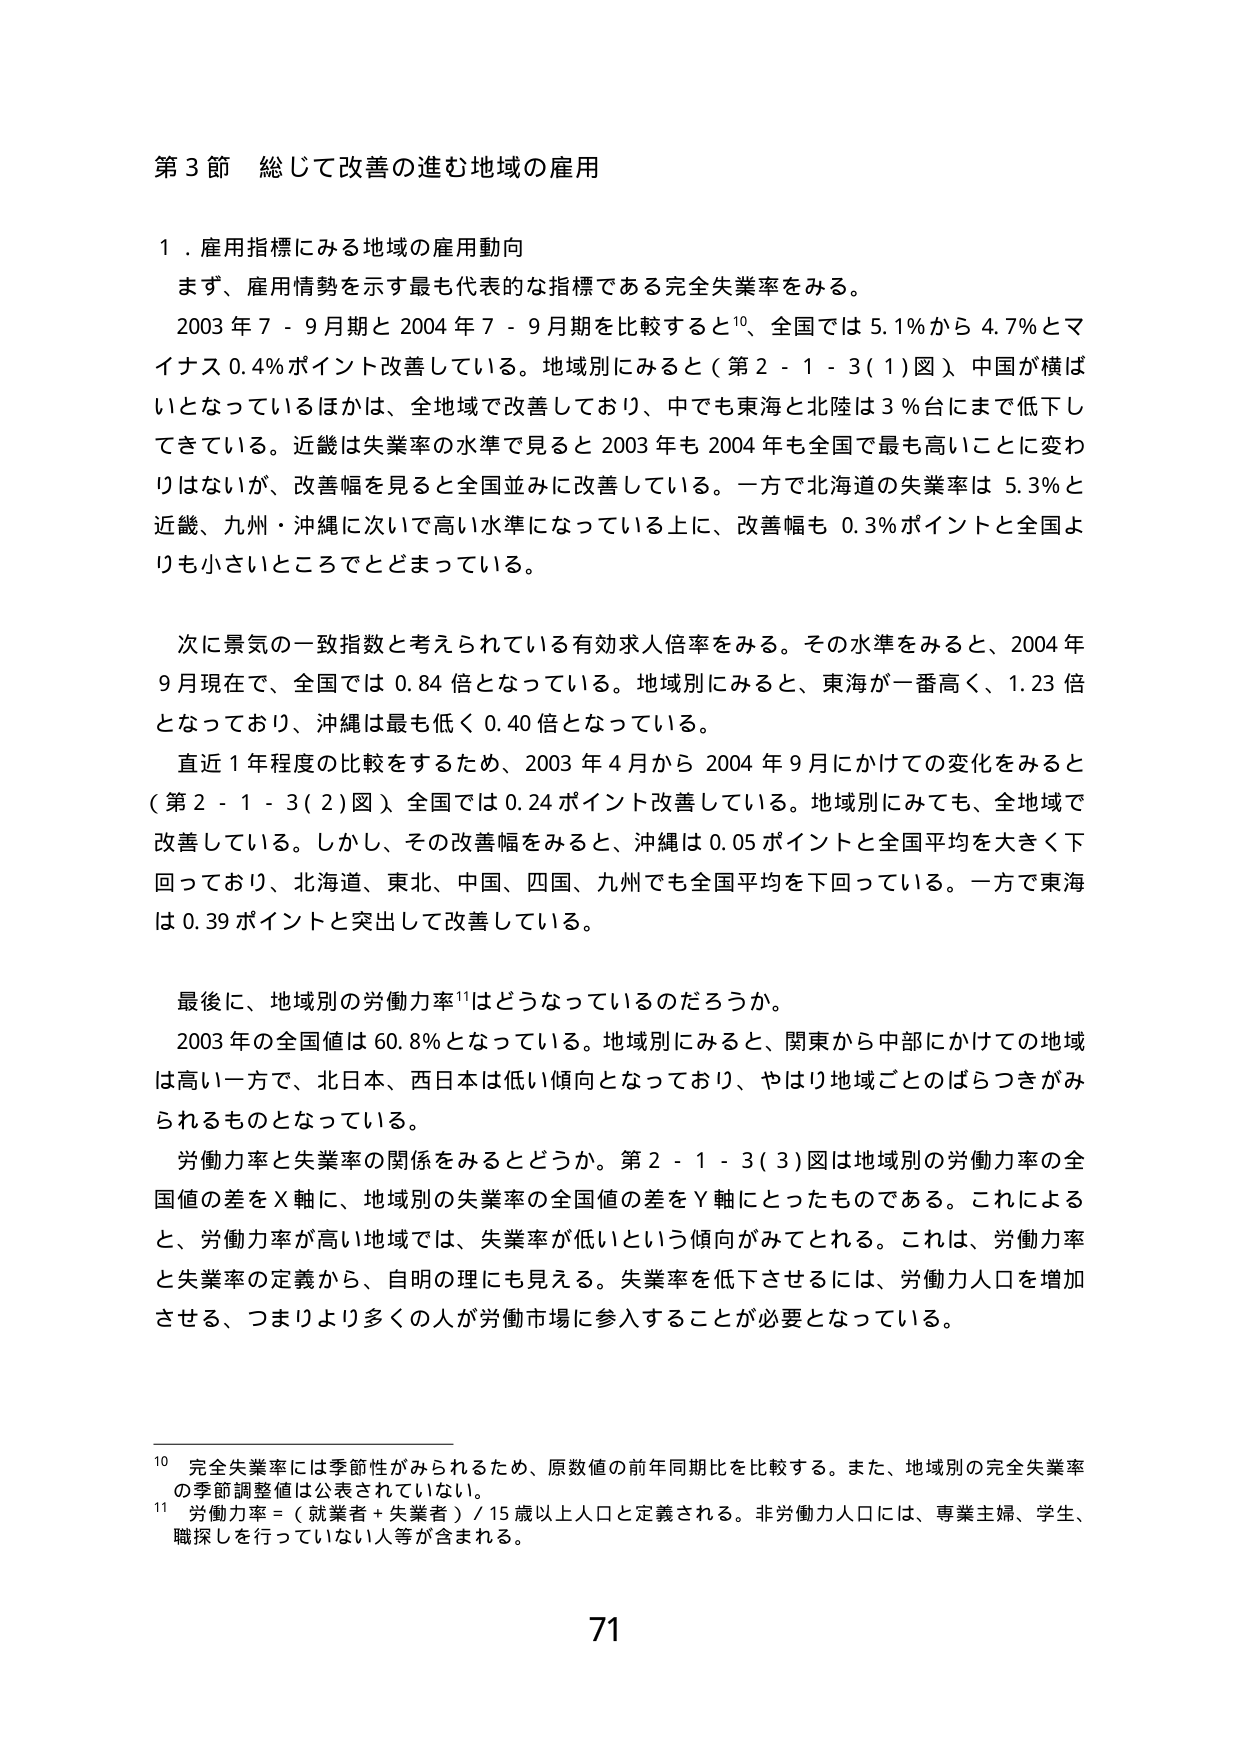
第3節 総じて改善の進む地域の雇用

1．雇用指標にみる地域の雇用動向
まず、雇用情勢を示す最も代表的な指標である完全失業率をみる。
2003年7－9月期と2004年7－9月期を比較すると10、全国では5.1％から4.7％とマイナス0.4％ポイント改善している。地域別にみると（第2－1－3(1)図）、中国が横ばいとなっているほかは、全地域で改善しており、中でも東海と北陸は3％台にまで低下してきている。近畿は失業率の水準で見ると2003年も2004年も全国で最も高いことに変わりはないが、改善幅を見ると全国並みに改善している。一方で北海道の失業率は5.3％と近畿、九州・沖縄に次いで高い水準になっている上に、改善幅も0.3％ポイントと全国よりも小さいところまでどまっている。

次に景気の一致指数と考えられている有効求人倍率をみる。その水準をみると、2004年9月現在で、全国では0.84倍となっている。地域別にみると、東海が一番高く、1.23倍となっており、沖縄は最も低く0.40倍となっている。
直近1年程度の比較をするため、2003年4月から2004年9月にかけての変化をみると（第2－1－3(2)図）、全国では0.24ポイント改善している。地域別にみても、全地域で改善している。しかし、その改善幅をみると、沖縄は0.05ポイントと全国平均を大きく下回っており、北海道、東北、中国、四国、九州でも全国平均を下回っている。一方で東海は0.39ポイントと突出して改善している。

最後に、地域別の労働力率11はどうなっているのだろうか。
2003年の全国値は60.8％となっている。地域別にみると、関東から中部にかけての地域は高い一方で、北日本、西日本は低い傾向となっており、やはり地域ごとのばらつきがみられるものとなっている。
労働力率と失業率の関係をみるとどうか。第2－1－3(3)図は地域別の労働力率の全国値の差をX軸に、地域別の失業率の全国値の差をY軸にとったものである。これによると、労働力率が高い地域では、失業率が低いという傾向がみてとれる。これは、労働力率と失業率の定義から、自明の理にも見える。失業率を低下させるには、労働力人口を増加させる、つまりより多くの人が労働市場に参入することが必要となっている。

10 完全失業率には季節性がみられるため、原数値の前年同期比を比較する。また、地域別の完全失業率の季節調整値は公表されていない。
11 労働力率＝（就業者＋失業者）／15歳以上人口と定義される。非労働力人口には、専業主婦、学生、職探しを行っていない人等が含まれる。

71